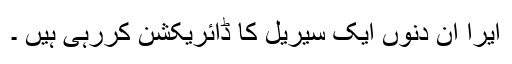
ایرا ان دنوں ایک سیریل کا ڈائریکشن کررہی ہیں ۔